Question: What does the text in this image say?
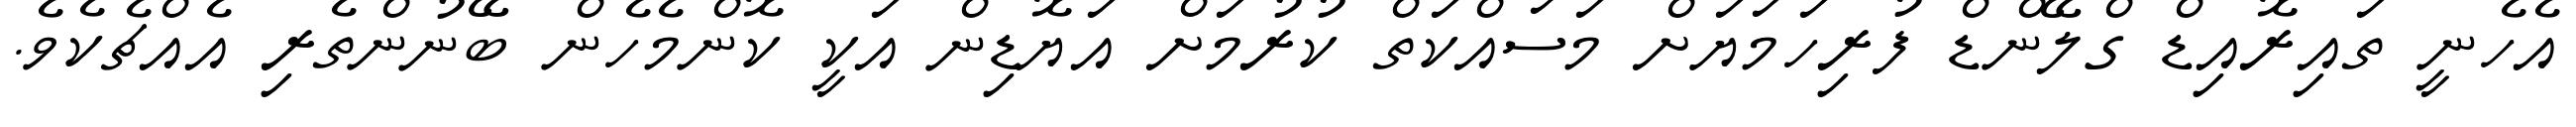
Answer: އެހެނީ ތައިރޮއިޑް ގްލޭންޑް ފުރިހަމަޔަށް މަސައްކަތް ކުރުމަށް އަޔޮޑިން އަކީ ކޮންމެހެން ބޭނުންތެރި އެއްޗެކެވެ.